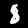
Digit: 8